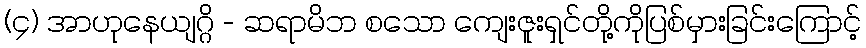
(၄) အာဟုနေယျဂ္ဂိ - ဆရာမိဘ စသော ကျေးဇူးရှင်တို့ကိုပြစ်မှားခြင်းကြောင့်